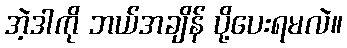
အဲ့ဒါကို ဘယ်အချိန် ပို့ပေးရမလဲ။